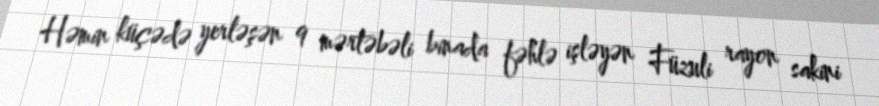
Həmin küçədə yerləşən 9 mərtəbəli binada fəhlə işləyən Füzuli rayon sakini